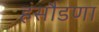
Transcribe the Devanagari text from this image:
हंसौडणा